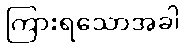
ကြားရသောအခါ